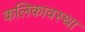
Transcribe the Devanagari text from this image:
कलिकावस्था